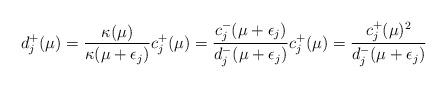
LaTeX: \begin{align*}d_{j}^+(\mu)= \frac{\kappa(\mu)}{\kappa(\mu+\epsilon_j)} c_{j}^+(\mu)=\frac{c_{j}^-(\mu+\epsilon_j)}{d_{j}^-(\mu+\epsilon_j)} c_{j}^+(\mu)=\frac{c_{j}^+(\mu)^2}{d_{j}^-(\mu+\epsilon_j)} \end{align*}